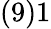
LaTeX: (9)1